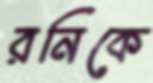
রনিকে